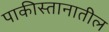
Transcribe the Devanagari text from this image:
पाकीस्तानातील